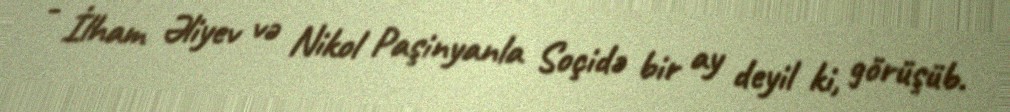
- İlham Əliyev və Nikol Paşinyanla Soçidə bir ay deyil ki, görüşüb.